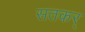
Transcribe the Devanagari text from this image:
सतकर्